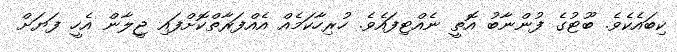
ކިބައެކެވެ. ބޫޓުގެ ފުންނާބު އޮތީ ނެއްޓިފައެވެ. ހުރިހާކަމެއް އެއްފަރާތްކޮށްފައި ޖީލާން އެހީ ފަޔަށް